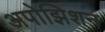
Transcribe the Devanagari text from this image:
अपोझिशन